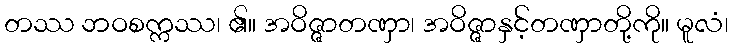
တဿ ဘဝစက္ကဿ၊ ၏။ အဝိဇ္ဇာတဏှာ၊ အဝိဇ္ဇာနှင့်တဏှာတို့ကို။ မူလံ၊